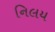
નિલય